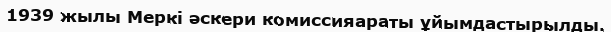
1939 жылы Меркі әскери комиссияараты ұйымдастырылды.